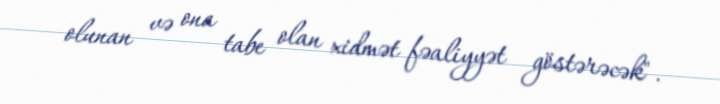
olunan və ona tabe olan xidmət fəaliyyət göstərəcək".